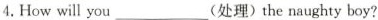
4.How will you___(处理)the naughty boy?